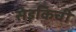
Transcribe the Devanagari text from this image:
सेइकिची